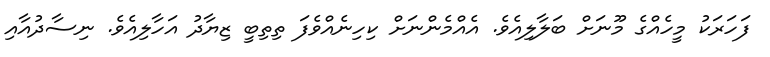
ފަހަރަކު މީހެއްގެ މޫނަށް ބަލާލިއެވެ. އެއްމެންނަށް ކިހިނެއްވެފަ ތިތިބީ ޒިޔާދު އަހާލިއެވެ. ނިސާދުއާއި